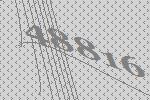
48816